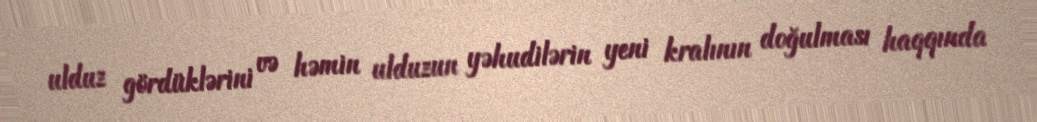
ulduz gördüklərini və həmin ulduzun yəhudilərin yeni kralının doğulması haqqında